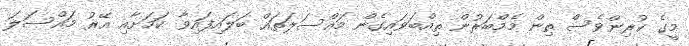
މީގެ ކުރިންވެސް ތިން މެމްބަރުން ތިއްބަވައިގެން މައްސަލަތައް ބަލައިފައިވާ ކަމަށާއި އޭރު މައްސަލަ